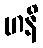
ဟနိ